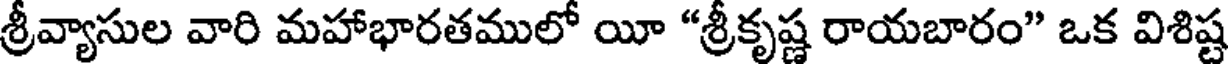
శ్రీవ్యాసుల వారి మహాభారతములో యీ "శ్రీకృష్ణ రాయబారం" ఒక విశిష్ట